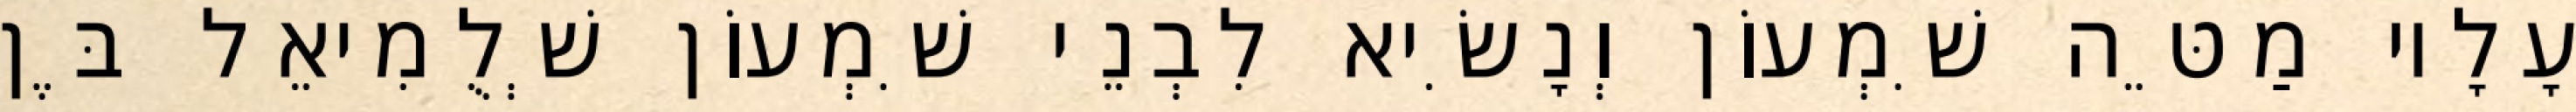
עָלָיו מַטֵּה שִׁמְעוֹן וְנָשִׂיא לִבְנֵי שִׁמְעוֹן שְׁלֻמִיאֵל בֶּן